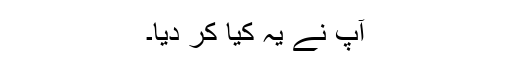
آپ نے یہ کیا کر دیا۔